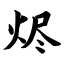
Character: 烬